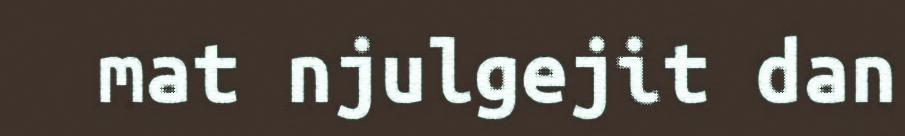
mat njulgejit dan